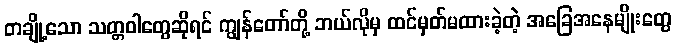
တချို့သော သတ္တဝါတွေဆိုရင် ကျွန်တော်တို့ ဘယ်လိုမှ ထင်မှတ်မထားခဲ့တဲ့ အခြေအနေမျိုးတွေ